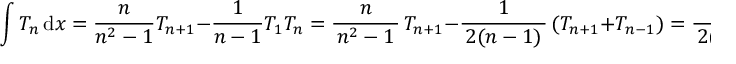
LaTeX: \int T _ { n } \, \mathrm { d } x = { \frac { n } { n ^ { 2 } - 1 } } T _ { n + 1 } - { \frac { 1 } { n - 1 } } T _ { 1 } T _ { n } = { \frac { n } { \, n ^ { 2 } - 1 \, } } \, T _ { n + 1 } - { \frac { 1 } { \, 2 ( n - 1 ) \, } } \, ( T _ { n + 1 } + T _ { n - 1 } ) = { \frac { 1 } { \, 2 ( n + 1 ) \, } } \, T _ { n + 1 } - { \frac { 1 } { \, 2 ( n - 1 ) \, } } \, T _ { n - 1 } ~ .